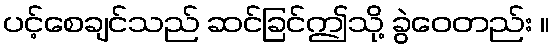
ပင့်စေချင်သည် ဆင်ခြင်ဤသို့ ခွဲဝေတည်း ။